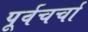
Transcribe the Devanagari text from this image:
पूर्वचर्चा